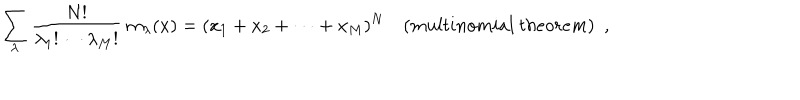
\sum _ { \lambda } \frac { N ! } { { \lambda _ { 1 } } ! \cdots { \lambda _ { M } } ! } ~ m _ { \lambda } ( x ) = ( x _ { 1 } + x _ { 2 } + \cdots + x _ { M } ) ^ { N } ~ ( m u l t i n o m i a l ~ t h e o r e m ) \, \, \, ,